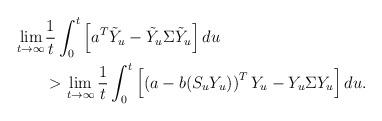
LaTeX: \begin{align*}\begin{aligned}\lim_{ t \to \infty}& \frac{1}{t} \int_0^t \left[ a^T \tilde Y_u - \tilde Y_u \Sigma \tilde Y_u \right] du \\&>\lim_{ t \to \infty} \frac{1}{t} \int_0^t \left[ \left( a - b( S_u Y_u)\right)^T Y_u - Y_u \Sigma Y_u \right] du.\end{aligned}\end{align*}